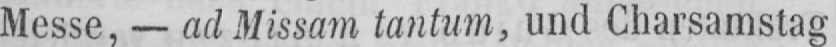
Messe, - ad Missarn tantum, und Charsamstag